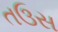
તઉસ